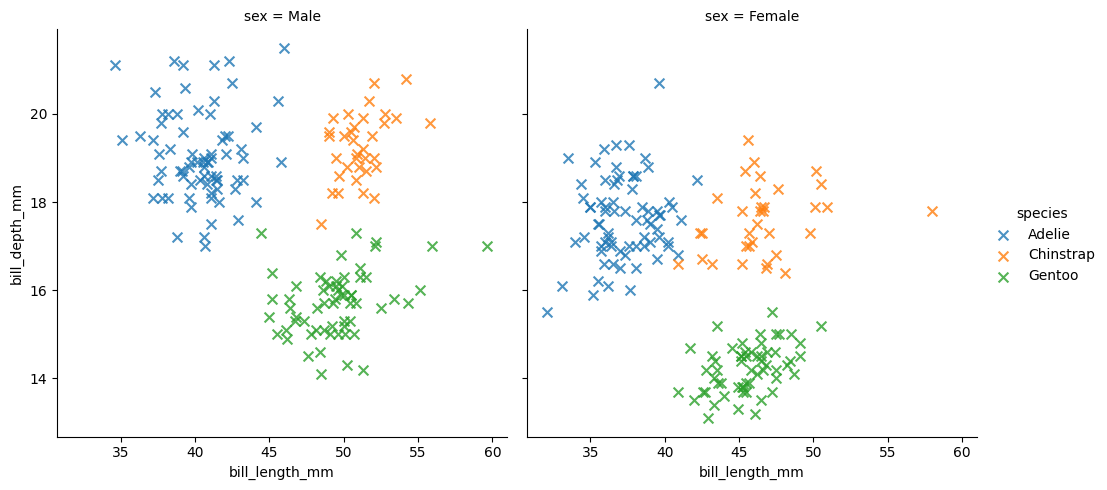
python, seaborn, lmplot, aspect=1.0, order=2, markers='x'